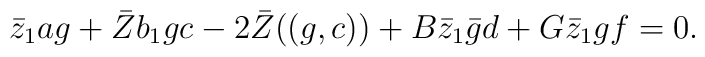
\bar{z}_1 a g+\bar{Z} b_1 g c- 2 \bar{Z}((g,c))+B \bar{z}_1 \bar{g} d+G \bar{z}_1 g f=0.